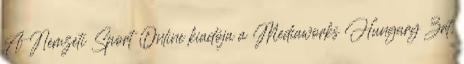
A Nemzeti Sport Online kiadója a Mediaworks Hungary Zrt.